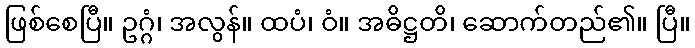
ဖြစ်စေပြီ။ ဥဂ္ဂံ၊ အလွန်။ ထပံ၊ ဝံ။ အဓိဋ္ဌတိ၊ ဆောက်တည်၏။ ပြီ။